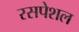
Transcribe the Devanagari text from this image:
रसपेशल